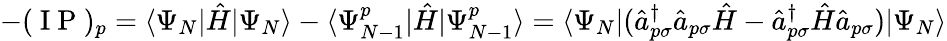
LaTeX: -(\mathrm{~I~P~})_{p}=\langle\Psi_{N}|\hat{H}|\Psi_{N}\rangle-\langle\Psi_{N-1}^{p}|\hat{H}|\Psi_{N-1}^{p}\rangle=\langle\Psi_{N}|(\hat{a}_{p\sigma}^{\dagger}\hat{a}_{p\sigma}\hat{H}-\hat{a}_{p\sigma}^{\dagger}\hat{H}\hat{a}_{p\sigma})|\Psi_{N}\rangle